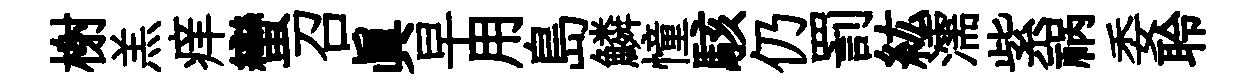
榭羔痒蠻召真早用島鱗憧駭仍罰紘濡紫祸委聆